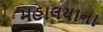
મહાલયાના